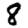
Digit: 8